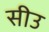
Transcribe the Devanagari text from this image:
सीउ